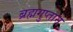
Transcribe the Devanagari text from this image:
ब्रह्मगुप्ताने